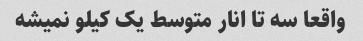
واقعا سه تا انار متوسط یک کیلو نمیشه